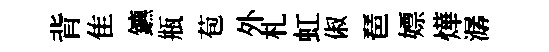
背隹鑣瓶苞外札虹俶琶嫖燁潺